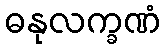
ဓနုလက္ခဏံ